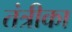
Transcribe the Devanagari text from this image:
तंत्रीका